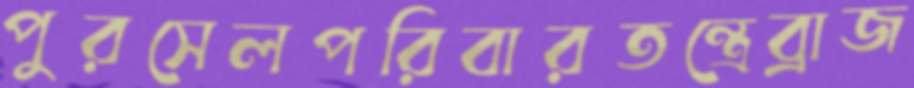
পুরসেলপরিবারতন্ত্রেব্রাজ